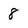
Character: 8